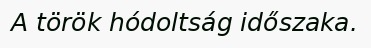
A török hódoltság időszaka.